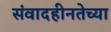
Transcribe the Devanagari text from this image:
संवादहीनतेच्या